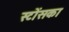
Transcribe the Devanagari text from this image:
स्टोंसका